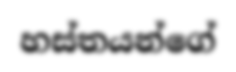
හස්තයන්ගේ